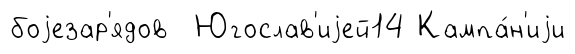
боjезар'ядов Югослав'иjей14 Кампа́н'иjи